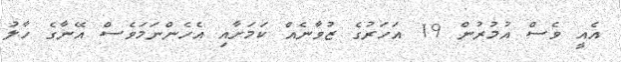
އެއީ ވެސް އުމުރުން 19 އަހަރުގެ ޒުވާނެއް ކަމަށާއި އެހެންނަމަވެސް އޭނާގެ ހާލު